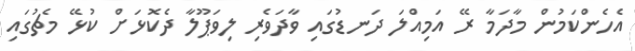
އެހެންްކަމުން މާދަމާ ރޭ އަމިއްލަ ދަނޑުގައި ވާދަވެރި ލިވަޕޫލާ ދެކޮޅަށް ކުޅޭ މެޗުގައި